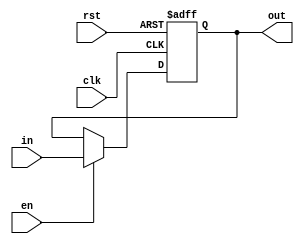
/*
 * Taylor Skilling
 * Will Johnson
 * 12/14/2016
 * EECE 3324
 *
 * reg32.v -- 32 32-bit Registers
 */

module reg32 (clk, in, en, rst, out);

input en, rst, clk;
input [31:0] in;
output reg [31:0] out;

always @(posedge clk or posedge rst)
begin
    if (rst == 1)
        out <= 32'h3000;
    else if (en == 1)
        out <= in;
end

endmodule